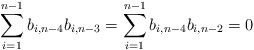
\begin{align*}\sum_{i=1}^{n-1} b_{i,n-4}b_{i,n-3}=\sum_{i=1}^{n-1} b_{i,n-4}b_{i,n-2}=0\end{align*}